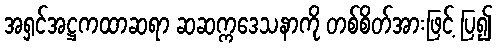
အရှင်အဋ္ဌကထာဆရာ ဆဆက္ကဒေသနာကို တစ်စိတ်အားဖြင့် ပြ၍